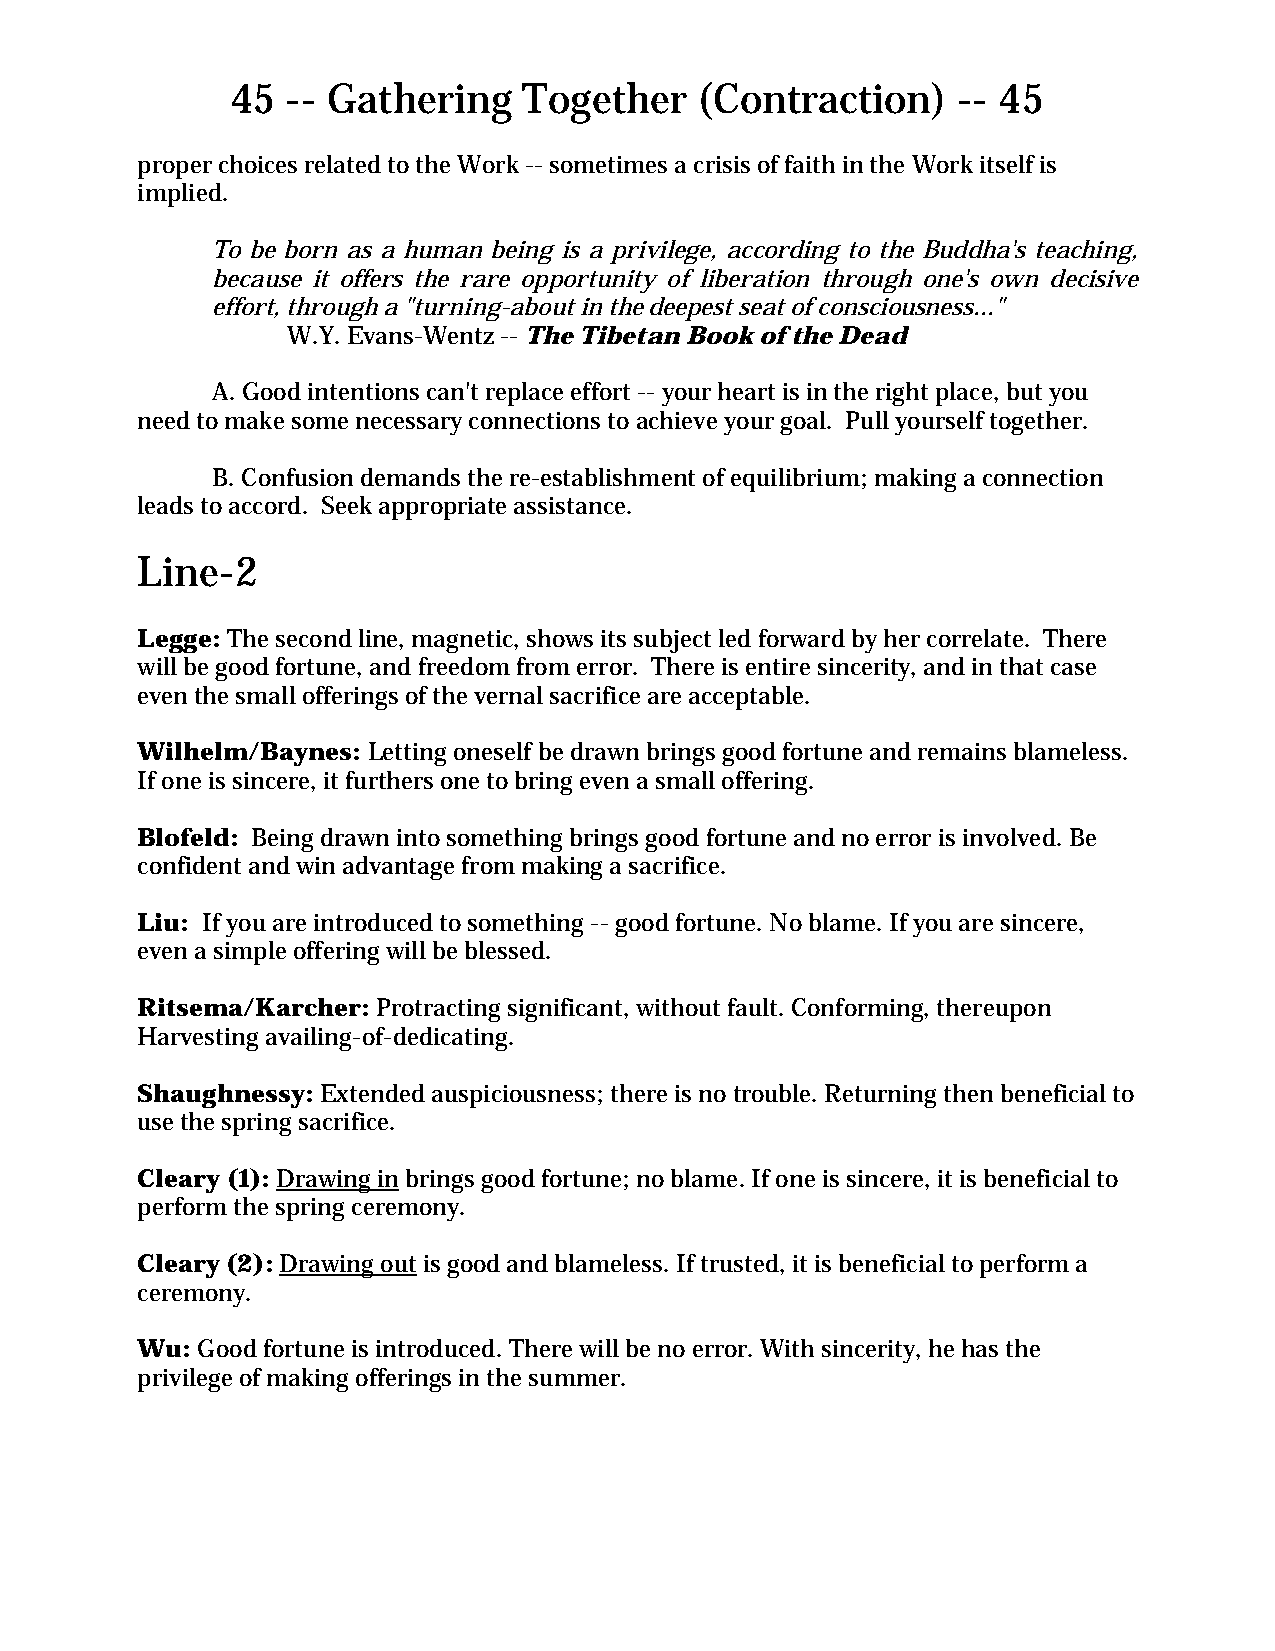
45  -- Gathering    Together   (Contraction)    -- 45
 proper choices related to the Work -- sometimes a crisis of faith in the Work itself is
 implied.
 To be born as a human being is a privilege, according to the Buddha's teaching,
 because it offers the rare opportunity of liberation through one's own decisive
 effort, through a "turning-about in the deepest seat of consciousness..."
 W.Y. Evans-Wentz -- The Tibetan Book of the Dead
 A. Good intentions can't replace effort -- your heart is in the right place, but you
 need to make some necessary connections to achieve your goal. Pull yourself together.
 B. Confusion demands the re-establishment of equilibrium; making a connection
 leads to accord. Seek appropriate assistance.
 Line-2
 Legge: The second line, magnetic, shows its subject led forward by her correlate. There
 will be good fortune, and freedom from error. There is entire sincerity, and in that case
 even the small offerings of the vernal sacrifice are acceptable.
 Wilhelm/Baynes: Letting oneself be drawn brings good fortune and remains blameless.
 If one is sincere, it furthers one to bring even a small offering.
 Blofeld: Being drawn into something brings good fortune and no error is involved. Be
 confident and win advantage from making a sacrifice.
 Liu: If you are introduced to something -- good fortune. No blame. If you are sincere,
 even a simple offering will be blessed.
 Ritsema/Karcher: Protracting significant, without fault. Conforming, thereupon
 Harvesting availing-of-dedicating.
 Shaughnessy: Extended auspiciousness; there is no trouble. Returning then beneficial to
 use the spring sacrifice.
 Cleary (1): Drawing in brings good fortune; no blame. If one is sincere, it is beneficial to
 perform the spring ceremony.
 Cleary (2): Drawing out is good and blameless. If trusted, it is beneficial to perform a
 ceremony.
 Wu: Good fortune is introduced. There will be no error. With sincerity, he has the
 privilege of making offerings in the summer.